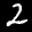
Label: 2